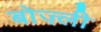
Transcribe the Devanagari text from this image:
बोज़्ली